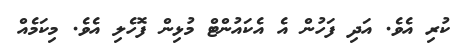
ކުރި އެވެ. އަދި ފަހުން އެ އެކައުންޓް މުޅިން ފޮހެލި އެވެ. މިކަމެއް